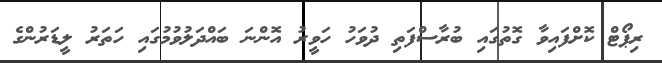
ރިޕޯޓް ކޮށްފައިވާ ގޮތުގައި ބުރާސްފަތި ދުވަހު ހަވީރު އޮންނަ ބައްދަލުވުމުގައި ހަތަރު ލީޑަރުންގެ